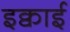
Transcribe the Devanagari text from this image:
इक्वाई